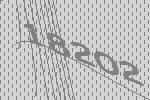
18202